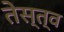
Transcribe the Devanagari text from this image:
तेस्त्व